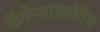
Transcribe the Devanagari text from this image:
कॅमेर्‍यासमोरील